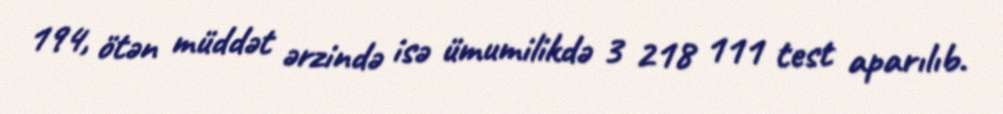
194, ötən müddət ərzində isə ümumilikdə 3 218 111 test aparılıb.